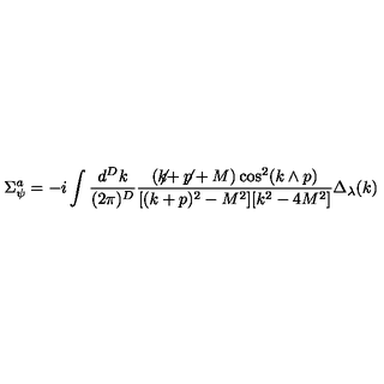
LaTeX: \Sigma _ { \psi } ^ { a } = - i \int \frac { d ^ { D } k } { ( 2 \pi ) ^ { D } } \frac { ( \not \! \! k + \not \! \! p + M ) \cos ^ { 2 } ( k \wedge p ) } { [ ( k + p ) ^ { 2 } - M ^ { 2 } ] [ k ^ { 2 } - 4 M ^ { 2 } ] } \Delta _ { \lambda } ( k )